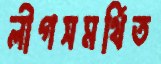
লীগসমর্থিত